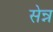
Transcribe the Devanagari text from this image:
सेन्न